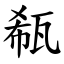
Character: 瓻